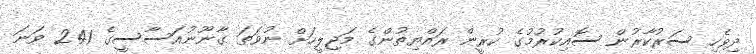
ދިވެހި ސަރުކާރުން ސޮއިކުރުމުގެ ކުރީން ރައްޔިތުންގެ މަޖިލީހަށް ނުވަތަ ގާނޫނުއަސާސީގެ 241 ވަނަ